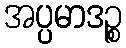
အပ္ပမာဒဉ္စ